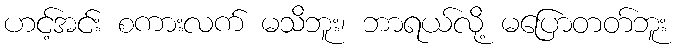
ဟင့်အင်း စကားလက် မသိဘူး၊ ဘာရယ်လို့ မပြောတတ်ဘူး